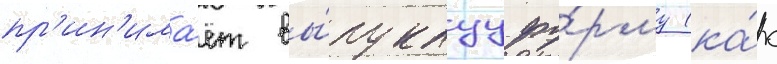
пр'ин'има́ет вы́пуклуу фо́рму (ка́к